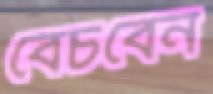
বেচবেন